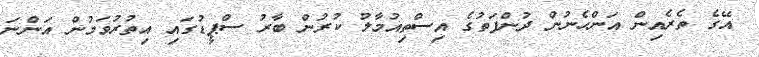
އޭގެ ތެރެއިން އަންހެނުން ދުންފަތުގެ އިސްތިއުމާލު ކުރުން ބާރު ސްޕީޑުގައި އިތުރުވަމުން އަންނަ